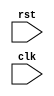
module tb_cocotb (

//Parameters
//Registers/Wires
input               rst,              //reset
input               clk,

);
reg     [31:0]      test_id = 0;



//There is a bug in COCOTB when stiumlating a signal, sometimes it can be corrupted if not registered
always @ (*) r_rst                = rst;

//Submodules

//Asynchronous Logic
//Synchronous Logic
//Simulation Control
initial begin
  $dumpfile ("design.vcd");
  $dumpvars(0, tb_cocotb);
end

endmodule